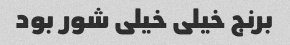
برنج خیلی خیلی شور بود